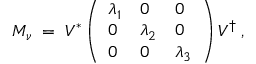
M _ { \nu } \; = \; V ^ { * } \left( \begin{array} { l l l } { { \lambda _ { 1 } } } & { { 0 } } & { { 0 } } \\ { { 0 } } & { { \lambda _ { 2 } } } & { { 0 } } \\ { { 0 } } & { { 0 } } & { { \lambda _ { 3 } } } \end{array} \right) V ^ { \dagger } \; ,